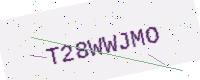
Text: T28WWJMO